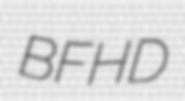
BFHD